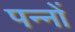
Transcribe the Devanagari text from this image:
पन्‍नों